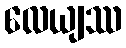
လေယျဿ